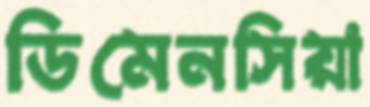
ডিমেনসিয়া